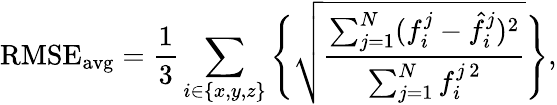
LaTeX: \mathrm{RMSE_{avg}}=\frac{1}{3}\sum_{i\in\{ x,y,z\} }\Bigg\{ \sqrt{\frac{\sum_{j=1}^{N}(f_{i}^{j}-\hat{f}_{i}^{j})^{2}}{\sum_{j=1}^{N}f_{i}^{j\, 2}}}\Bigg\} ,